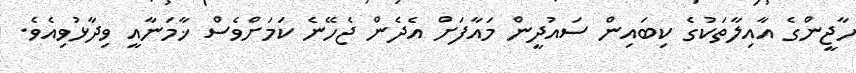
ހާޖީންގެ އާއިލާތަކުގެ ކިބައިން ސައުދީން މައާފަށް އެދެން ޖެހޭނެ ކަމަށްވެސް ޚާމަނާއީ ވިދާޅުވިއެވެ.